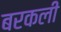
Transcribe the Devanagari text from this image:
बरकली